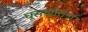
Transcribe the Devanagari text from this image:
घूसखोरांना